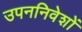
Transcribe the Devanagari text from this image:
उपननिवेशों